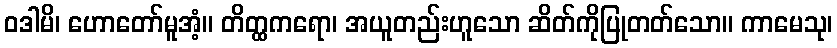
ဝဒါမိ၊ ဟောတော်မူအံ့။ တိတ္ထကရော၊ အယူတည်းဟူသော ဆိတ်ကိုပြုတတ်သော။ ကာမေသု၊